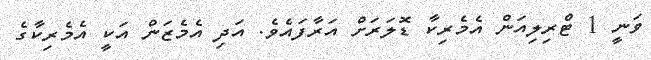
ވަނީ 1 ޓްރިލިއަން އެމެރިކާ ޑޮލަރަށް އަރާފައެވެ. އަދި އެމެޒަން އަކީ އެމެރިކާގެ